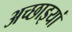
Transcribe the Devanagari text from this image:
अच्छाइयां